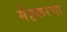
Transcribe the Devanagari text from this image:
मेहकरचा